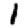
Digit: 1